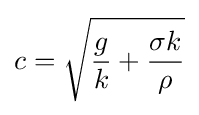
c={\sqrt {{\frac {g}{k}}+{\frac {\sigma k}{\rho }}}}